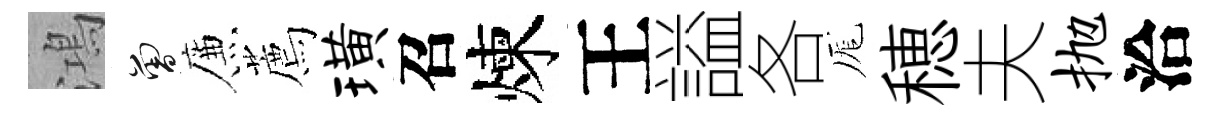
鴻曾簾薦璜召煉王謚各厖穂夫抛洽